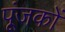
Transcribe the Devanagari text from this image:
पूंजकों